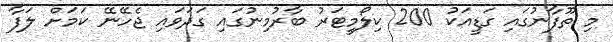
މި ތޫފާނުގައި ގަޑީއަކު 200 ކިލޯމީޓަރު ބާރުމިނުގައި ގަދަވައި ޖެހޭނޭ ކަމަށް ލަފާ